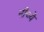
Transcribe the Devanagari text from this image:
नीच्ये